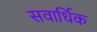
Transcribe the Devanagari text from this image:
सवार्धिक